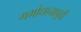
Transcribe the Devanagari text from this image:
गर्भाधानापूर्वी